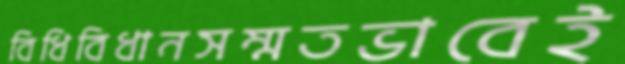
বিধিবিধানসম্মতভাবেই